Indian journal of veterinary science and animal husbandry - Volume 14,
Year: 1944
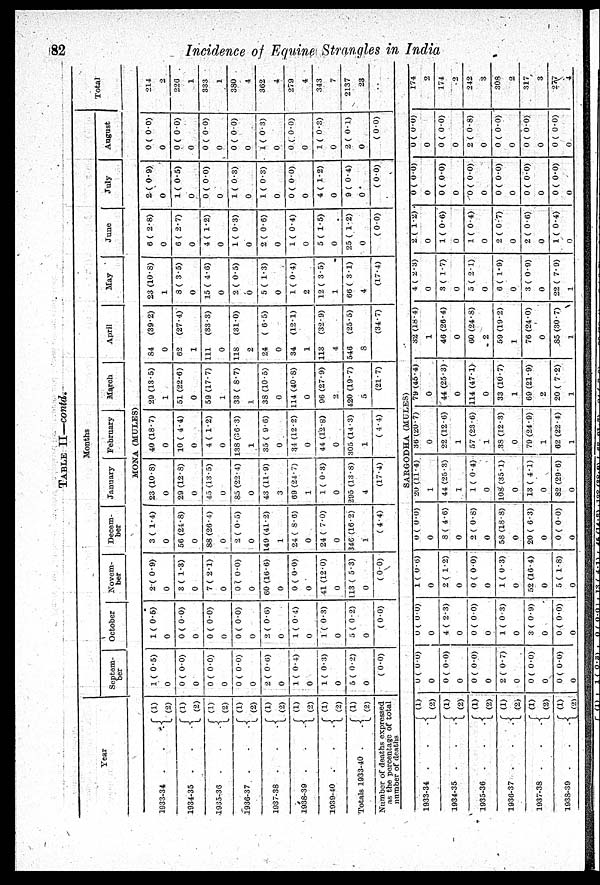
82
Incidence of Equine Strangles in India
TABLE II—contd.
Year
1933-34
.
.
.
1934-35
.
.
.
1935-36
.
.
.
1936-37
.
.
.
1937-38
.
.
.
1938-39
.
.
.
1939-40
.
.
.
Totals 1933-40 . . .
(1)
(2)
(1)
(2)
(1)
(2)
(1)
(2)
(1)
(2)
(1)
(2)
(1)
(2)
(1)
(2)
Number of deaths expressed
as the percentage of total
number of deaths
1933-34
.
.
.
1934-35
.
.
.
1935-36
.
.
.
1936-37
.
.
.
1937-38
.
.
.
1938-39
.
.
.
Months
Septem-
ber
October
Novem-
ber
Decem-
ber
January
February
March
April
May
June
July
August
Total
MONA (MULES)
1 ( 0.5)
0
0 ( 0.0)
0
0 ( 0.0)
0
0 ( 0.0)
0
2 ( 0.6)
0
1 ( 0.4)
0
1 ( 0.3)
0
5 ( 0.2)
0
( 0.0)
1 ( 0.5)
0
0 ( 0.0)
0
0 ( 0.0)
0
0 ( 0.0)
0
2 ( 0.6)
0
1 ( 0.4)
0
1 ( 0.3)
0
5 ( 0.2)
0
( 0.0)
2( 0.9)
0
3 ( 1.3)
0
7 ( 2.1)
0
0 ( 0.0)
0
60 (16.6)
0
0 ( 0.0)
0
41 (12.0)
0
113 ( 5.3)
0
(0.0)
3 (1.4)
0
56 (24.8)
0
88 (26.4)
0
2 ( 0.5)
0
149 (41.2)
1
24 ( 8.6)
0
24 ( 7.0)
0
346 (16.2)
1
( 4.4)
23 (10.8)
0
29 (12.8)
0
45 (13.5)
0
85 (22.4)
0
43 (11.9)
3
69 (24.7)
1
1 ( 0.3)
0
295 (13.8)
4
(17.4)
40 (18.7)
0
10 ( 4.4)
0
4 ( 1.2)
0
138 (36.3)
1
35 ( 9.6)
0
34 (12.2)
0
44 (12.8)
0
305 (14.3)
1
(4.4)
29 (13.5)
1
51 (22.6)
0
59 (17.7)
1
33 ( 8.7)
1
38 (10.5)
0
114 (40.8)
0
96 (27.9)
2
420 (19.7)
5
(21.7)
84
(39.2)
0
62
(27.4)
1
111
(33.3)
0
118
(31.0)
2
24
( 6.5)
0
34
(12.1)
1
113
(32.9)
4
546
(25.5)
8
(34.7)
23 (10.8)
1
8 ( 3.5)
0
15 ( 4.6)
0
2 ( 0.5)
0
5 ( 1.3)
0
1 ( 0.4)
2
12 ( 3.5)
1
66 ( 3.1)
4
(17.4)
6 ( 2.8)
0
6 ( 2.7)
0
4 ( 1.2)
0
1 ( 0.3)
0
2 ( 0.6)
0
1 ( 0.4)
0
5 ( 1.5)
0
25 ( 1.2)
0
( 0.0)
2 ( 0.9)
0
1 ( 0.5)
0
0 ( 0.0)
0
1 ( 0.3)
0
1 ( 0.3)
0
0 ( 0.0)
0
4 ( 1.2)
0
9 ( 0.4)
0
( 0.0)
0 ( 0.0)
0
0 ( 0.0)
0
0 ( 0.0)
0
0 ( 0.0)
0
1( 0.3)
0
0 ( 0.0)
0
1 ( 0.3)
0
2 ( 0.1)
0
( 0.0)
214
2
226
1
333
1
380
4
362
4
279
4
343
7
2137
23
..
SARGODHA (MULES)
(1)
(2)
(1)
(2)
(1)
(2)
(1)
(2)
(1)
(2)
(1)
(2)
0 ( 0.0)
0
0 ( 0.0)
0
0 ( 0.0)
0
2 ( 0.7)
0
0 ( 0.0)
0
0 ( 0.0)
0
0 ( 0.0)
0
4 ( 2.3)
0
0 ( 0.0)
0
1 ( 0.3)
0
3 ( 0.9)
0
0 ( 0.0)
0
1 ( 0.6)
0
2 ( 1.2)
0
0 ( 0.0)
0
1 ( 0.3)
0
52 (16.4)
0
5 ( 1.8)
0
0 ( 0.0)
0
8 ( 4.6)
0
2 ( 0.8)
0
58 (18.8)
0
20 ( 6.3)
0
0 ( 0.0)
0
20 (11.4)
1
44 (25.3)
1
1 ( 0.4)
0
108 (35.1)
0
13 ( 4.1)
0
82 (29.6)
0
36 (20.7)
0
22 (12.6)
1
57 (23.6)
1
38 (12.3)
0
79 (24.9)
1
62 (22.4)
1
79 (45.4)
0
44 (25.3)
0
114 (47.1)
0
33 (10.7)
1
69 (21.9)
2
20 ( 7.2)
1
32 (18.4)
1
46 (26.4)
0
60 (24.8)
2
59 (19.2)
1
76 (24.0)
0
85 (30.7)
1
4 ( 2.3)
0
3 ( 1.7)
0
5( 2.1)
0
6 ( 1.9)
0
3 ( 0.9)
0
22 ( 7.9)
1
2 ( 1.2)
0
1 ( 0.6)
0
1 ( 0.4)
0
2 ( 0.7)
0
2 ( 0.6)
0
1 ( 0.4)
0
0 ( 0.0)
0
0 ( 0.0)
0
0 ( 0.0)
0
0 ( 0.0)
0
0 ( 0.0)
0
0 ( 0.0)
0
0 (
0.0)
0
0 ( 0.0)
0
2 ( 0.8)
0
0 ( 0.0)
0
0 ( 0.0)
0
0 ( 0.0)
0
174
2
174
2
242
3
308
2
317
3
277
4